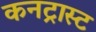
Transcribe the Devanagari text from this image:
कनट्रास्ट